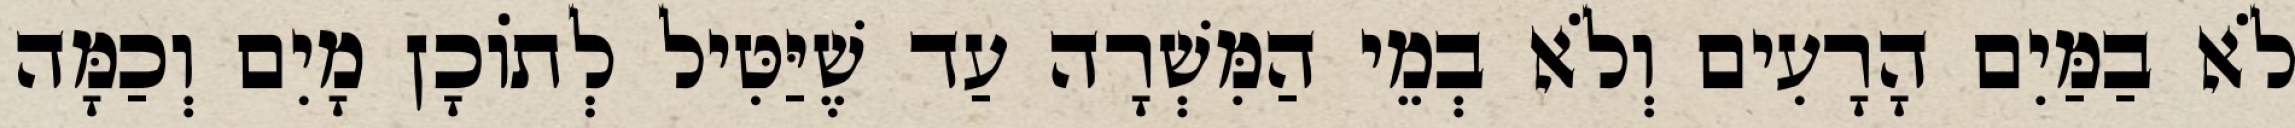
לֹא בַמַּיִם הָרָעִים וְלֹא בְמֵי הַמִּשְׁרָה עַד שֶׁיַּטִּיל לְתוֹכָן מָיִם וְכַמָּה